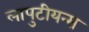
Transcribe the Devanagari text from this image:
लापुटीयन्स